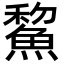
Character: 鯬